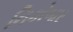
નિકોબાર